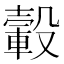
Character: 轂